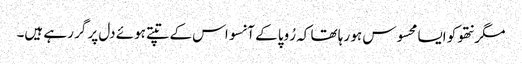
مگر نتھو کو ایسا محسوس ہو رہا تھا کہ رُوپا کے آنسو اس کے تپتے ہوئے دل پر گر رہے ہیں۔